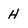
Character: H